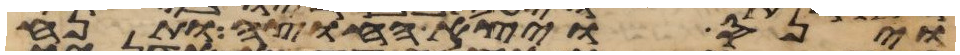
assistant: וינס ויצא החוצה ותנח